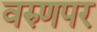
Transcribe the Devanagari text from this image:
वरुणपर